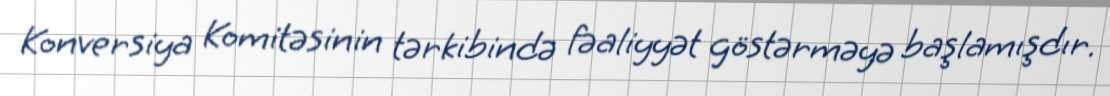
Konversiya Komitəsinin tərkibində fəaliyyət göstərməyə başlamışdır.